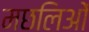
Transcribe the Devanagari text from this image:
मछलिओं